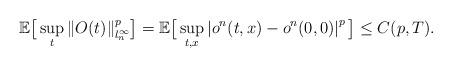
LaTeX: \begin{align*}\mathbb E\big[\sup_{t}\|O(t)\|_{l^\infty_n}^p\big]=\mathbb E\big[\sup_{t,x}\left|o^n(t,x)-o^n(0,0)\right|^{p}\big]\le C(p,T).\end{align*}